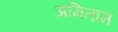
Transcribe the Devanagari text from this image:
अमिताम